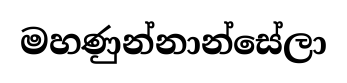
මහණුන්නාන්සේලා